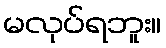
မလုပ်ရဘူး။